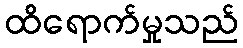
ထိရောက်မှုသည်